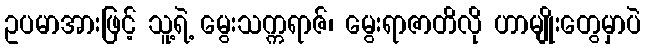
ဥပမာအားဖြင့် သူ့ရဲ့ မွေးသက္ကရာဇ်၊ မွေးရာဇာတိလို ဟာမျိုးတွေမှာပဲ